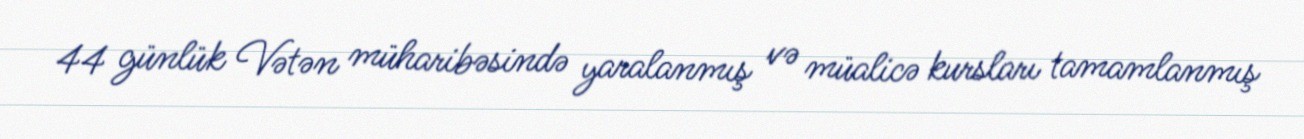
44 günlük Vətən müharibəsində yaralanmış və müalicə kursları tamamlanmış